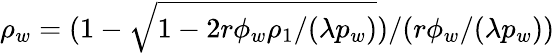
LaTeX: \rho_{w}=(1-\sqrt{1-2r\phi_{w}\rho_{1}/(\lambda p_{w})})/(r\phi_{w}/(\lambda p_{w}))